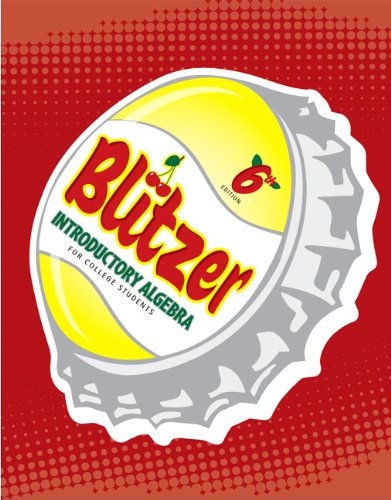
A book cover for Introductory Algebra for College Students (6th Edition); Robert F. Blitzer; Science & Math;